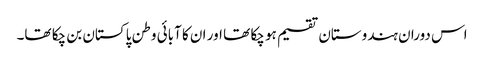
اس دوران ہندوستان تقسیم ہو چکا تھا اور ان کا آبائی وطن پاکستان بن چکا تھا۔